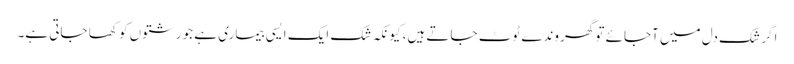
اگر شک دل میں آجائے تو گھروندے ٹوٹ جاتے ہیں، کیونکہ شک ایک ایسی بیماری ہے جو رشتوں کو کھا جاتی ہے۔